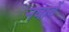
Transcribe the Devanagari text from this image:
नवाबें